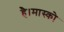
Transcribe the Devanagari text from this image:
है।मास्को